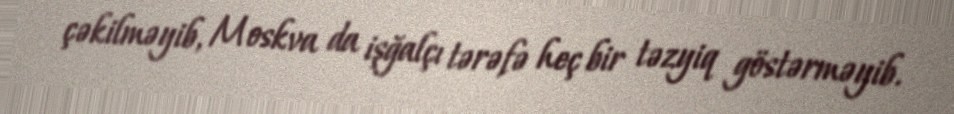
çəkilməyib, Moskva da işğalçı tərəfə heç bir təzyiq göstərməyib.